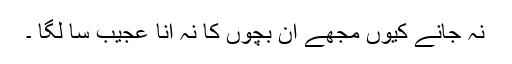
نہ جانے کیوں مجھے ان بچوں کا نہ آنا عجیب سا لگا ۔